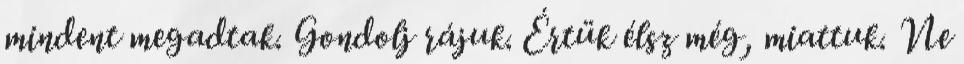
mindent megadtak. Gondolj rájuk. Értük élsz még, miattuk. Ne